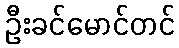
ဦးခင်မောင်တင်